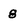
Character: 8